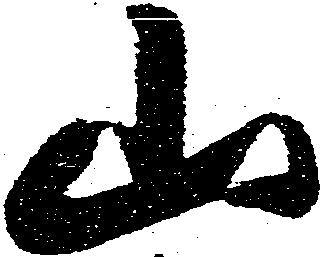
山